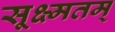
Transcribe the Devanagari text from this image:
सूक्ष्मतम्